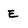
Character: E